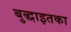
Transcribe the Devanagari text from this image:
बुद्धाइतका